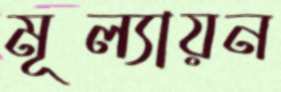
মূল্যায়ন